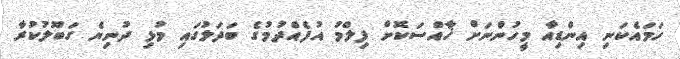
ހަމައެކަނި އިންޑިއާ މީހުންނަށް ޚާއްސަކޮށް ފިލްމު އުފެއްދުމުގެ ބަދަލުގައި މުޅި ދުނިޔެ ގަބޫލުކުރާ